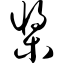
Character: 桨